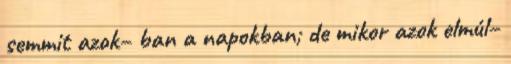
semmit azok− ban a napokban; de mikor azok elmúl−